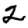
Digit: 2